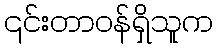
၎င်းတာဝန်ရှိသူက